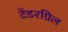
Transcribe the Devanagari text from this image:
टेंडरग्रिल